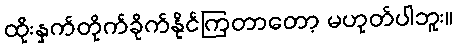
ထိုးနှက်တိုက်ခိုက်နိုင်ကြတာတော့ မဟုတ်ပါဘူး။